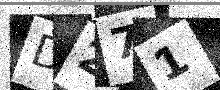
Text: D271